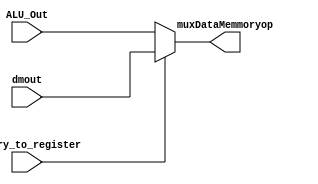
  `timescale 1ns / 1ps
module muxDataMemmory(
    input [7:0] ALU_Out,
    input memory_to_register,
    input [7:0] dmout,
    output reg [7:0] muxDataMemmoryop
    );
    
    always @(*)
        muxDataMemmoryop=(memory_to_register == 1) ? dmout : ALU_Out;
    always @*
        $display("%b %b whitewine",muxDataMemmoryop,memory_to_register);

endmodule